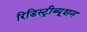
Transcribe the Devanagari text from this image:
रिडिस्ट्रीब्यूशन